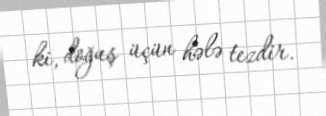
ki, doğuş üçün hələ tezdir.